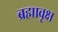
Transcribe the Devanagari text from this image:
ब्रह्मावृक्ष